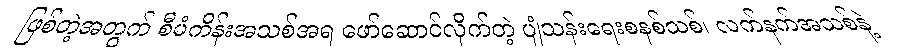
ဖြစ်တဲ့အတွက် စီမံကိန်းအသစ်အရ ဖော်ဆောင်လိုက်တဲ့ ပျံသန်းရေးစနစ်သစ်၊ လက်နက်အသစ်နဲ့